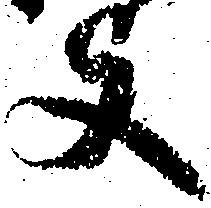
支